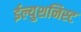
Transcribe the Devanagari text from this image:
ईल्युशनिस्ट